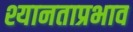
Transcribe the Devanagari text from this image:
श्यानताप्रभाव